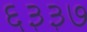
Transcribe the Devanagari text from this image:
६३३७